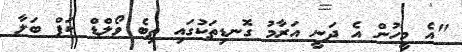
"އެ މީހުން އެ ދަނީ އަރާމު ގޮނޑިތަކުގައި ތިބެ ވޯލްޑް ކަޕް ބަލާ